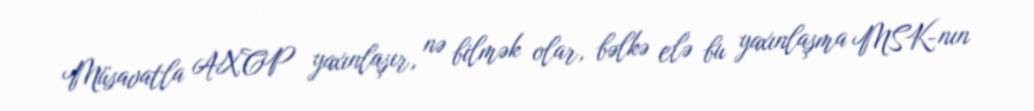
Müsavatla AXCP yaxınlaşır, nə bilmək olar, bəlkə elə bu yaxınlaşma MSK-nın